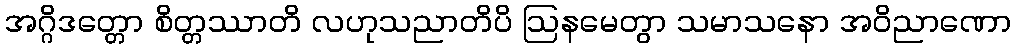
အဂ္ဂိဒတ္တော စိတ္တဿာတိ လဟုသညာတိပိ ဩနမေတွာ သမာသနော အဝိညာဏော